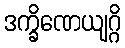
ဒက္ခိဏေယျဂ္ဂိ